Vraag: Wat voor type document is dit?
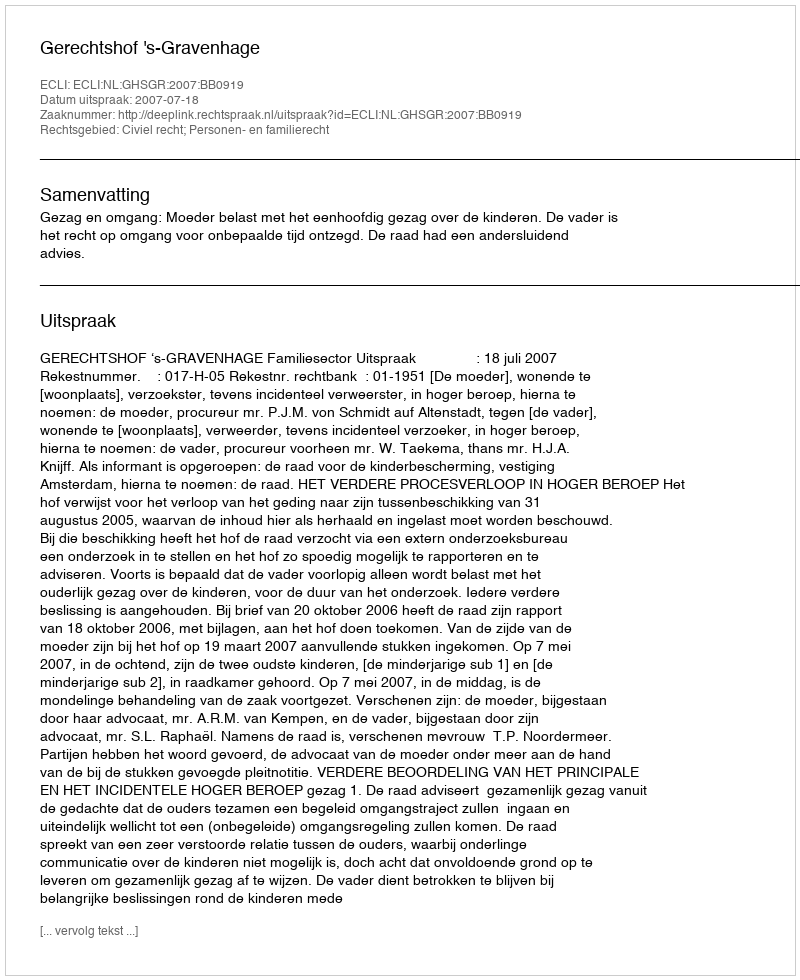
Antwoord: Uitspraak